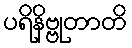
ပရိနိဗ္ဗုတာတိ